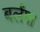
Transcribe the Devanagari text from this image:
बर्लंगा